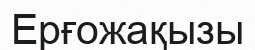
Ерғожақызы